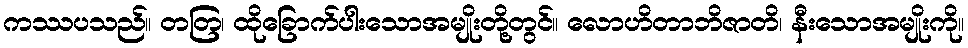
ကဿပသည်။ တတြ၊ ထိုခြောက်ပါးသောအမျိုးတို့တွင်။ လောဟိတာဘိဇာတိ၊ နီးသောအမျိုးကို။